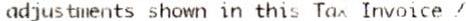
ADJUSTMENTS SHOWN IN THIS TAX INVOICE /